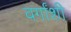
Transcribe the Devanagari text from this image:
वर्गांशी